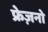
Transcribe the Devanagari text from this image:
फ्रेज़नो